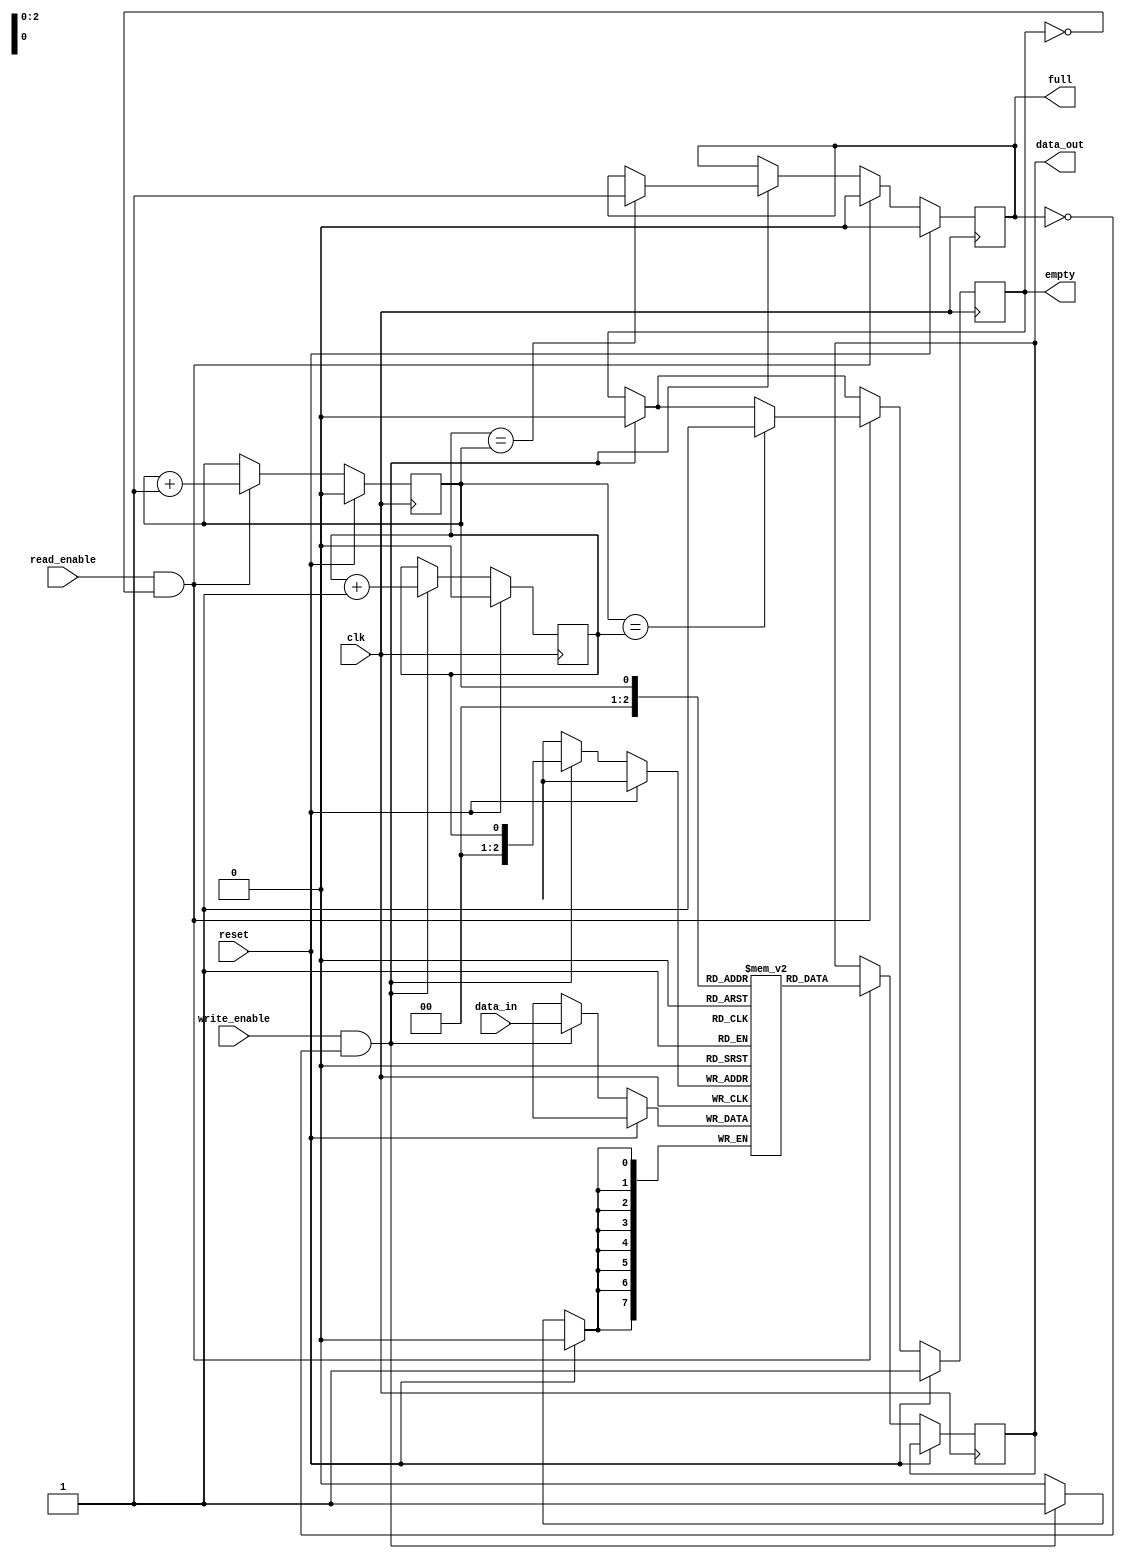
module fifo_buffer(
  input clk,
  input reset,
  input write_enable,
  input read_enable,
  input [7:0] data_in,
  output reg [7:0] data_out,
  output reg full,
  output reg empty
);

reg [7:0] buffer [0:7];
reg read_ptr = 0;
reg write_ptr = 0;

always @(posedge clk) begin
  if (reset) begin
    read_ptr <= 0;
    write_ptr <= 0;
    full <= 0;
    empty <= 1;
  end else begin
    if (write_enable && !full) begin
      buffer[write_ptr] <= data_in;
      write_ptr <= write_ptr + 1;
      if (write_ptr == 7) begin
        write_ptr <= 0;
      end

      if (write_ptr == read_ptr) begin
        full <= 1;
      end
      empty <= 0;
    end

    if (read_enable && !empty) begin
      data_out <= buffer[read_ptr];
      read_ptr <= read_ptr + 1;
      if (read_ptr == 7) begin
        read_ptr <= 0;
      end

      if (read_ptr == write_ptr) begin
        empty <= 1;
      end
      full <= 0;
    end
  end
end

endmodule